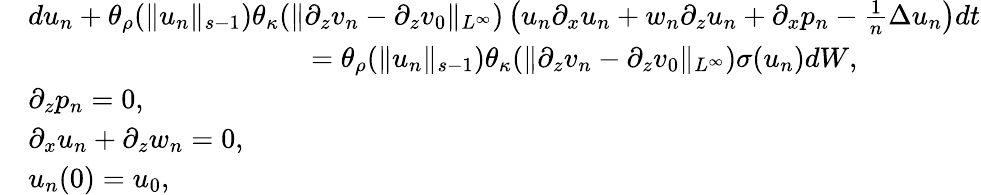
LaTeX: \begin{array}{rl}&{du_{n}+\theta_{\rho}(\| u_{n}\| _{s-1})\theta_{\kappa}(\| \partial_{z}v_{n}-\partial_{z}v_{0}\| _{L^{\infty}})\left(u_{n}\partial_{x}u_{n}+w_{n}\partial_{z}u_{n}+\partial_{x}p_{n}-\frac 1n\Delta u_{n}\right)dt}\\ &{\qquad\qquad\qquad\qquad\qquad=\theta_{\rho}(\| u_{n}\| _{s-1})\theta_{\kappa}(\| \partial_{z}v_{n}-\partial_{z}v_{0}\| _{L^{\infty}})\sigma(u_{n})dW,}\\ &{\partial_{z}p_{n}=0,}\\ &{\partial_{x}u_{n}+\partial_{z}w_{n}=0,}\\ &{u_{n}(0)=u_{0},}\end{array}